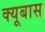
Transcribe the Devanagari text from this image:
क्यूबास